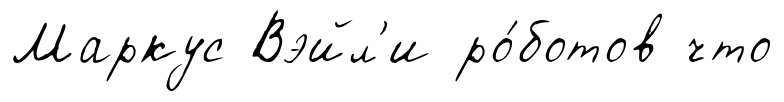
Маркус Вэйл'и ро́ботов что